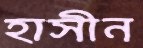
হাসীন